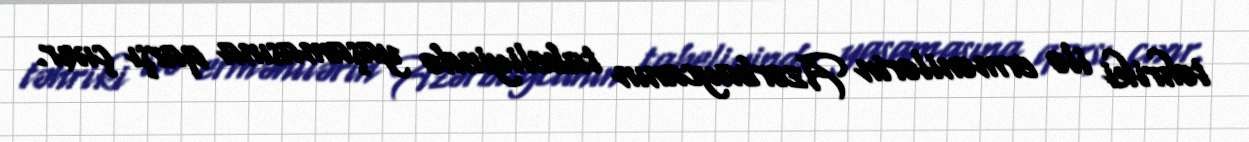
təhriki ilə ermənilərin Azərbaycanın tabeliyində yaşamasına qarşı çıxır.